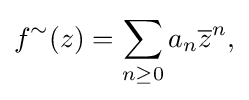
\displaystyle {f^{\sim }(z)=\sum _{n\geq 0}a_{n}{\overline {z}}^{n},}